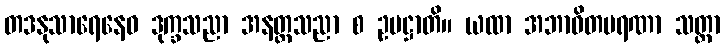
တဒနုသာရေနေဝ ဒုက္ခသညာ အနတ္တသညာ စ ဥပဋ္ဌာတိ။ ယထာ အဘာဝိတမရဏာ သတ္တာ